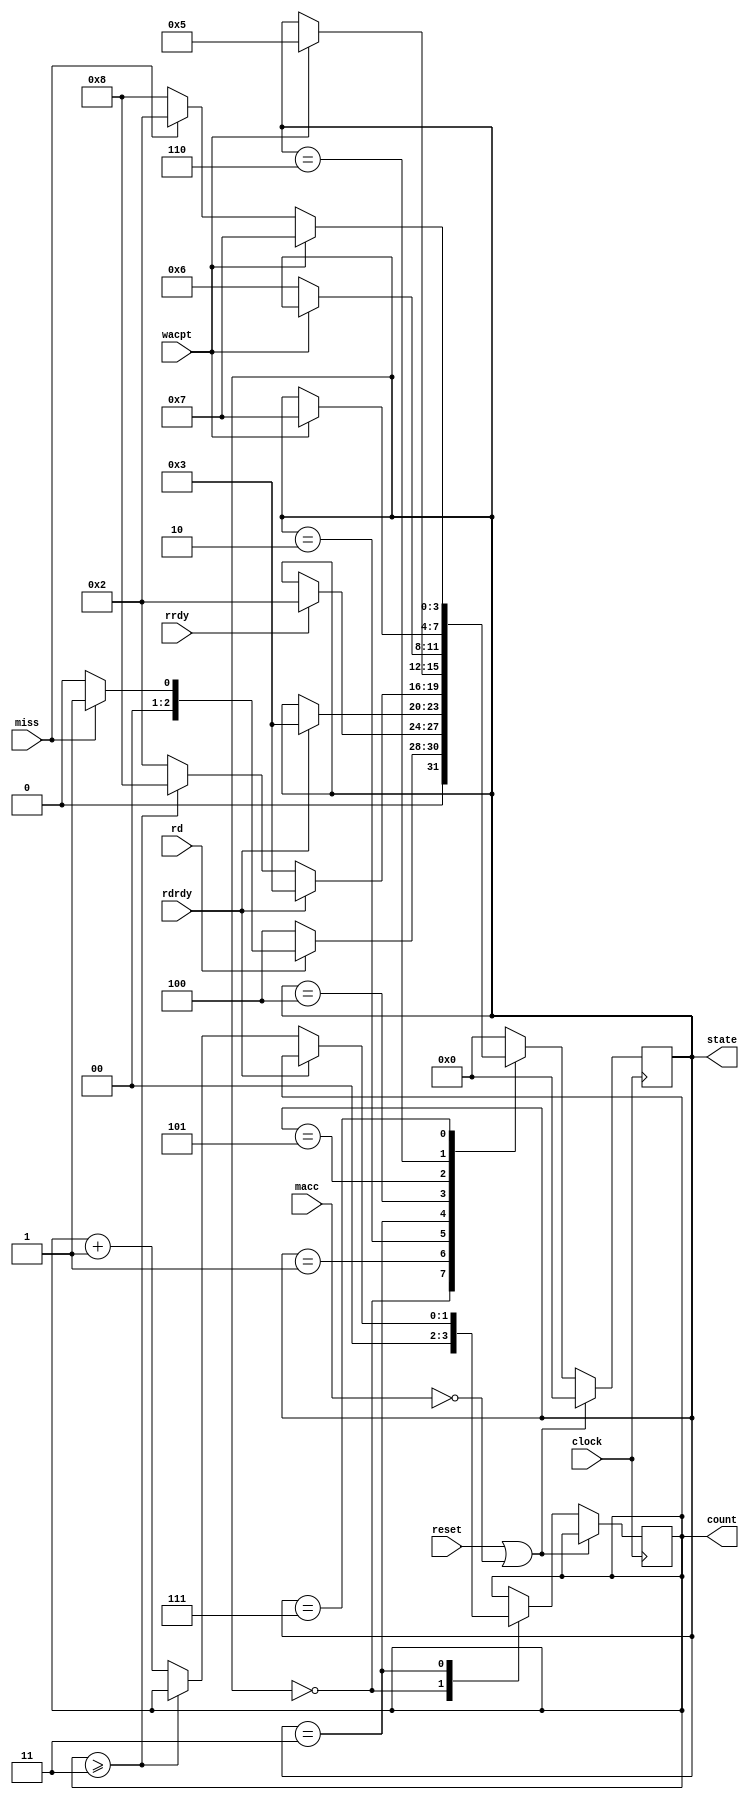
module CacheController(clock, reset, state, count, miss, rd, macc, rrdy, rdrdy, wacpt) ;
	input clock, reset, macc, rrdy, rdrdy, wacpt, miss, rd ;
	output reg [3:0] state ;
	output reg [1:0] count ;
	
	always@(posedge clock)
		if(reset || !macc) state = 4'd0 ;
		else
		case(state)
			4'd0:
				begin
				count = 2'd0 ;
				if(!rd) state = 4'd4 ;
				else if (miss) state = 4'd1 ;
				else state = 4'd0 ;
				end
			4'd1: if(rrdy) state = 4'd2 ;
			4'd2: if(rdrdy) state = 4'd3 ;
			4'd3:
				begin
				if(rdrdy) state = 4'd3 ;
				else if(count >= 3) state = 4'd8 ;
				else
					begin
					count = count + 2'd1 ;
					state = 4'd2 ;
					end
				end
			4'd4: if(wacpt) state = 4'd5 ;
			4'd5: if(!wacpt) state = 4'd6 ;
			4'd6: if(wacpt) state = 4'd7 ;
			4'd7:
				begin
				if(wacpt) state = 4'd7 ;
				else if(!miss) state = 4'd8 ;
				else state = 4'd2 ;
				end
			4'd8: state = 4'd0 ;
			default: state = 4'd0 ;
		endcase
endmodule

module ProcInterface(clock, rd, addr, dout, complete, state, miss, blockdata) ;
	input clock, rd, miss ;
	input [15:0] addr ;
	input [3:0] state ;
	input [63:0] blockdata ;
	output reg [15:0] dout ;
	output complete ;
	
	wire en ;
	reg [15:0] muxOut ;
	
	assign en = (complete && rd) ;
	assign complete = (((state == 4'd0) && (miss == 1'b0) && (rd == 1'b1)) || (state == 4'd8)) ;
	
	always@(posedge clock)
		if(en) dout <= muxOut ;
		else dout <= dout ;
	always@(addr[1:0] or blockdata)
		case(addr[1:0])
			2'd0: muxOut <= blockdata[15:0] ;
			2'd1: muxOut <= blockdata[31:16] ;
			2'd2: muxOut <= blockdata[47:32] ;
			2'd3: muxOut <= blockdata[63:48] ;
			default: muxOut <= 16'h0000 ;
		endcase
endmodule

module ValidArray(clock, reset, valid, index, state) ;
	input clock, reset ;
	input [3:0] state, index ;
	output valid ;
	
	reg [15:0] validArray ;
	wire [15:0] decoder, mux1out, mux2out ;
	
	assign decoder = 16'b0000000000000001<<index ;
	assign mux1out = (state == 4'd8) ? (decoder | validArray) : validArray ;
	assign mux2out = reset ? 16'd0 : mux1out ;
	assign valid = validArray[index] ;
	
	always@(posedge clock)
		validArray <= mux2out ;
endmodule

module CacheData(clock, state, count, valid, miss, rd, addr, din, blockdata, offdata) ;
	input clock, rd, valid ;
	input [15:0] addr, din, offdata ;
	input [1:0] count ;
	input [3:0] state ;
	output miss ;
	output [63:0] blockdata ;
	
	reg [15:0] BlockReg0, BlockReg1, BlockReg2, BlockReg3 ;
	reg [1:0] blocksel0, blocksel1, blocksel2, blocksel3 ;
	reg [15:0] mux0out, mux1out, mux2out, mux3out ;
	wire ramrd ;
	wire [73:0] data ;
	
	CacheRAM cram(data, addr[5:2], ramrd) ;
	
	assign ramrd = !(state == 4'd3 || state == 4'd5) ;
	assign miss = (!valid) || (addr[15:6] != data[73:64]) ;
	assign data = ramrd ? 74'hz : {addr[15:6], BlockReg3, BlockReg2, BlockReg1, BlockReg0} ;
	assign blockdata = data[63:0] ;
	always@(blocksel0 or offdata or din or data[15:0])
		case(blocksel0)
			2'd0: mux0out <= offdata ;
			2'd1: mux0out <= din ;
			2'd2: mux0out <= data[15:0] ;
			2'd3: mux0out <= 16'h0000 ;
			default: mux0out <= 16'h0000 ;
		endcase
	
	always@(blocksel1 or offdata or din or data[31:16])
		case(blocksel1)
			2'd0: mux1out <= offdata ;
			2'd1: mux1out <= din ;
			2'd2: mux1out <= data[31:16] ;
			2'd3: mux1out <= 16'h0000 ;
			default: mux1out <= 16'h0000 ;
		endcase
	
	always@(blocksel2 or offdata or din or data[47:32])
		case(blocksel2)
			2'd0: mux2out <= offdata ;
			2'd1: mux2out <= din ;
			2'd2: mux2out <= data[47:32] ;
			2'd3: mux2out <= 16'h0000 ;
			default: mux2out <= 16'h0000 ;
		endcase
	
	always@(blocksel3 or offdata or din or data[63:48])	
		case(blocksel3)
			2'd0: mux3out <= offdata ;
			2'd1: mux3out <= din ;
			2'd2: mux3out <= data[63:48] ;
			2'd3: mux3out <= 16'h0000 ;
			default: mux3out <= 16'h0000 ;
		endcase
		
	always@(posedge clock)
		begin
		BlockReg0 <= mux0out ;
		BlockReg1 <= mux1out ;
		BlockReg2 <= mux2out ;
		BlockReg3 <= mux3out ;	
		end
	
	always@(count or addr[1:0] or state)
		case(state)
			4'd2: case(count)
				2'd0: begin blocksel0 = 2'd0 ; blocksel1 = 2'd2 ; blocksel2 = 2'd2 ; blocksel3 = 2'd2 ; end
				2'd1: begin blocksel0 = 2'd2 ; blocksel1 = 2'd0 ; blocksel2 = 2'd2 ; blocksel3 = 2'd2 ; end
				2'd2: begin blocksel0 = 2'd2 ; blocksel1 = 2'd2 ; blocksel2 = 2'd0 ; blocksel3 = 2'd2 ; end
				2'd3: begin blocksel0 = 2'd2 ; blocksel1 = 2'd2 ; blocksel2 = 2'd2 ; blocksel3 = 2'd0 ; end
				default: begin blocksel0 = 2'd2 ; blocksel1 = 2'd2 ; blocksel2 = 2'd2 ; blocksel3 = 2'd2 ; end
			      endcase
			4'd4: case(addr[1:0])
				2'd0: begin blocksel0 = 2'd1 ; blocksel1 = 2'd2 ; blocksel2 = 2'd2 ; blocksel3 = 2'd2 ; end
				2'd1: begin blocksel0 = 2'd2 ; blocksel1 = 2'd1 ; blocksel2 = 2'd2 ; blocksel3 = 2'd2 ; end
				2'd2: begin blocksel0 = 2'd2 ; blocksel1 = 2'd2 ; blocksel2 = 2'd1 ; blocksel3 = 2'd2 ; end
				2'd3: begin blocksel0 = 2'd2 ; blocksel1 = 2'd2 ; blocksel2 = 2'd2 ; blocksel3 = 2'd1 ; end
				default: begin blocksel0 = 2'd2 ; blocksel1 = 2'd2 ; blocksel2 = 2'd2 ; blocksel3 = 2'd2 ; end
			      endcase
			default: begin blocksel0 = 2'd2 ; blocksel1 = 2'd2 ; blocksel2 = 2'd2 ; blocksel3 = 2'd2 ; end
		endcase

endmodule

module MemInterface(state, addr, din, offdata, miss, rrqst, rdacpt, wrqst) ;
	input [3:0] state ;
	input [15:0] addr, din ;
	input miss ;
	output reg rrqst, rdacpt, wrqst ;
	output [15:0] offdata ;
	
	assign offdata = ((state == 4'd1) || (state == 4'd4) || (state == 4'd6)) ? ((state == 4'd6) ? din : addr) : 16'hzzzz ;
	
	always@(state or miss)
		case(state)
			4'd0: begin rrqst = 1'b0 ; rdacpt = 1'b0 ; wrqst = 1'b0 ; end
			4'd1: begin rrqst = 1'b1 ; rdacpt = 1'b0 ; wrqst = 1'b0 ; end
			4'd2: begin rrqst = 1'b0 ; rdacpt = 1'b0 ; wrqst = 1'b0 ; end
			4'd3: begin rrqst = 1'b0 ; rdacpt = 1'b1 ; wrqst = 1'b0 ; end
			4'd4: begin rrqst = miss ; rdacpt = 1'b0 ; wrqst = 1'b1 ; end
			4'd5: begin rrqst = 1'b0 ; rdacpt = 1'b0 ; wrqst = 1'b0 ; end
			4'd6: begin rrqst = 1'b0 ; rdacpt = 1'b0 ; wrqst = 1'b1 ; end
			4'd7: begin rrqst = 1'b0 ; rdacpt = 1'b0 ; wrqst = 1'b0 ; end
			4'd8: begin rrqst = 1'b0 ; rdacpt = 1'b0 ; wrqst = 1'b0 ; end
			default: begin rrqst = 1'b0 ; rdacpt = 1'b0 ; wrqst = 1'b0 ; end
		endcase
endmodule


module UnifiedCache(clock, addr, din, rd, dout, complete,
	rrqst, rrdy, rdrdy, rdacpt, offdata, wrqst, wacpt, reset, macc);
  input clock, reset;

  // Processor interface
  input rd, macc;
  input [15:0] addr, din;
  output [15:0] dout;
  output complete;

  // Off-chip Memory Interface
  input rrdy, rdrdy, wacpt;
  output rrqst, rdacpt, wrqst;
  inout [15:0] offdata;

  // Internal Signals
  wire [3:0] state;
  wire [1:0] count;
  wire valid, miss;
  wire [63:0] blockdata;   


  CacheController ctrl(clock, reset, state, count, miss, rd, macc, 
                       rrdy, rdrdy, wacpt);
  ProcInterface procif(clock, rd, addr, dout, complete, state, miss, 
                       blockdata);
  MemInterface memif(state, addr, din, offdata, miss, rrqst, rdacpt, wrqst);
  ValidArray valarr(clock, reset, valid, addr[5:2], state);
  CacheData cdata(clock, state, count, valid, miss, rd, addr, din, 
                  blockdata, offdata);

endmodule

module CacheRAM(data, addr, rd) ;
  input [3:0] addr ;
  inout [73:0] data ;
  input rd ;
    
endmodule